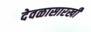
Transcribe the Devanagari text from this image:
देवळासारखी